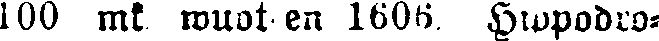
100 mk. wuoteen 1606 Hiopodro-